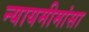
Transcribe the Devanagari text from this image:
न्यायमीमांसा